Civil Veterinary Department Bengal reports 1923-33 - 1923-1933
Year: 1923
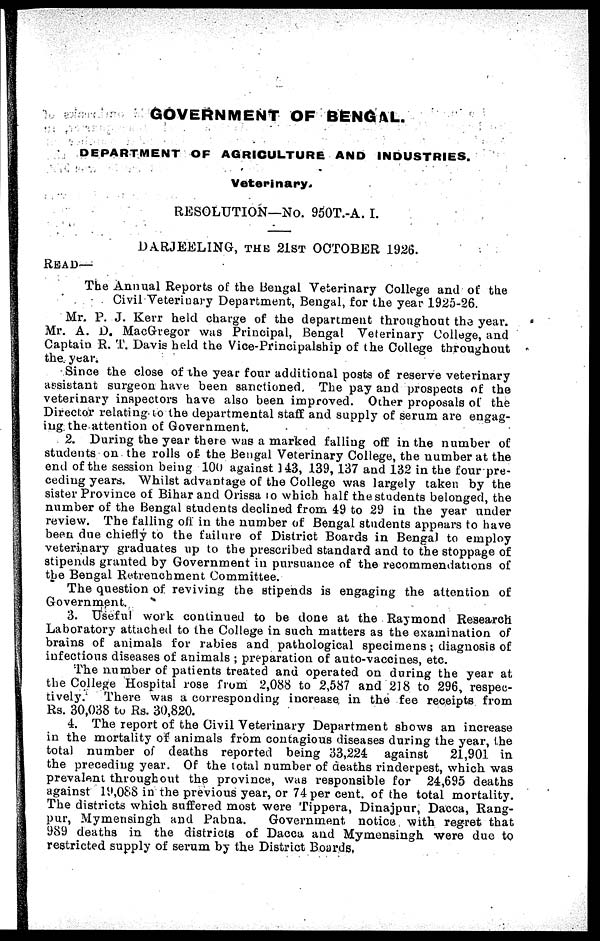
GOVERNMENT OF BENGAL.
DEPARTMENT OF AGRICULTURE AND INDUSTRIES.
Veterinary.
RESOLUTION—No. 950T.-A. I.
DARJEELING, THE 21ST OCTOBER 1926.
READ—
The Annual Reports of the Bengal Veterinary College and of the
Civil Veterinary Department, Bengal, for the year 1925-26.
Mr. P. J. Kerr held charge of the department throughout the year.
Mr. A. D. MacGregor was Principal, Bengal Veterinary College, and
Captain R. T. Davis held the Vice-Principalship of the College throughout
the. year.
Since the close of the year four additional posts of reserve veterinary
assistant surgeon have been sanctioned. The pay and prospects of the
veterinary inspectors have also been improved. Other proposals of the
Director relating to the departmental staff and supply of serum are engag-
ing the attention of Government.
2. During the year there was a marked falling off in the number of
students on the rolls of the Bengal Veterinary College, the number at the
end of the session being 100 against 143, 139, 137 and 132 in the four pre-
ceding years. Whilst advantage of the College was largely taken by the
sister Province of Bihar and Orissa to which half the students belonged, the
number of the Bengal students declined from 49 to 29 in the year under
review. The falling off in the number of Bengal students appears to have
been due chiefly to the failure of District Boards in Bengal to employ
veterinary graduates up to the prescribed standard and to the stoppage of
stipends granted by Government in pursuance of the recommendations of
the Bengal Retrenchment Committee.
The question of reviving the stipends is engaging the attention of
Government.
3. Useful work continued to be done at the Raymond Research
Laboratory attached to the College in such matters as the examination of
brains of animals for rabies and pathological specimens; diagnosis of
infectious diseases of animals ; preparation of auto-vaccines, etc.
The number of patients treated and operated on during the year at
the College Hospital rose from 2,088 to 2,587 and 218 to 296, respec-
tively. There was a corresponding increase in the fee receipts from
Rs. 30,038 to Rs. 30,820.
4. The report of the Civil Veterinary Department shows an increase
in the mortality of animals from contagious diseases during the year, the
total number of deaths reported being 33,224 against
21,901 in
the preceding year. Of the total number of deaths rinderpest, which was
prevalent throughout the province, was responsible for 24,695 deaths
against 19,088 in the previous year, or 74 per cent. of the total mortality.
The districts which suffered most were Tippera, Dinajpur, Dacca, Rang-
pur, Mymensingh and Pabna.
Government notice with regret that
989 deaths in the districts of Dacca and Mymensingh were due to
restricted supply of serum by the District Boards.